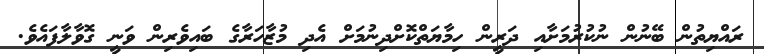
ރައްޔިތުން ބޭނުން ނުކުރުމަށާއި ދަރީން ހިމާޔަތްކޮށްދިނުމަށް އެދި މުޒާހަރާގެ ބައިވެރިން ވަނީ ގޮވާލާފައެވެ.